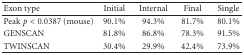
<table><thead><tr><td><b>Exon type</b></td><td><b>Initial</b></td><td><b>Internal</b></td><td><b>Final</b></td><td><b>Single</b></td></tr></thead><tbody><tr><td>Peak <i>p</i> &lt; 0.0387 (mouse)</td><td>90.1%</td><td>94.3%</td><td>81.7%</td><td>80.1%</td></tr><tr><td>GENSCAN</td><td>81.8%</td><td>86.8%</td><td>78.3%</td><td>91.5%</td></tr><tr><td>TWINSCAN</td><td>30.4%</td><td>29.9%</td><td>42.4%</td><td>73.9%</td></tr></tbody></table>